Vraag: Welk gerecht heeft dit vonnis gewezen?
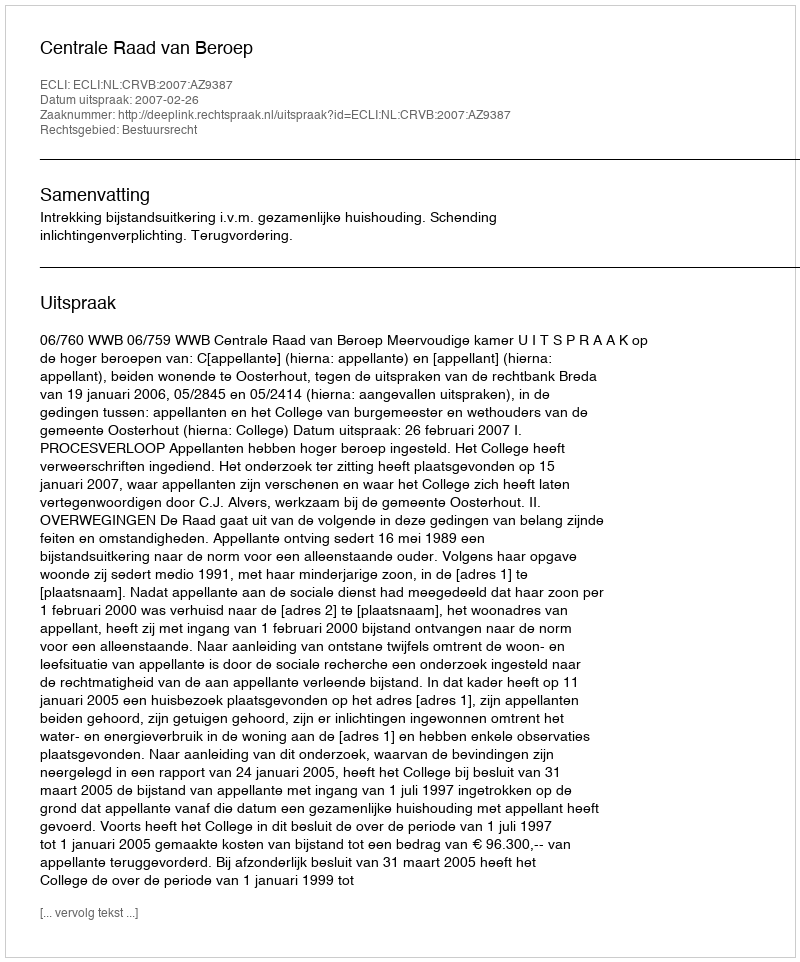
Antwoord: Centrale Raad van Beroep